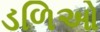
ડળિઓ